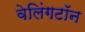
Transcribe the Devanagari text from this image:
वेलिंगटॉन